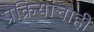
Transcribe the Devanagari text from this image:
प्रक्रियांचाही